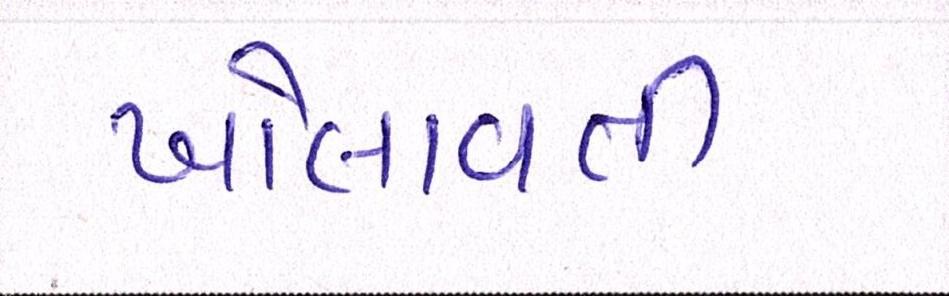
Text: ખોલાવતી